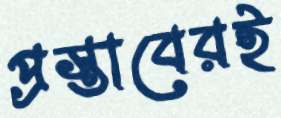
প্রস্তাবেরই